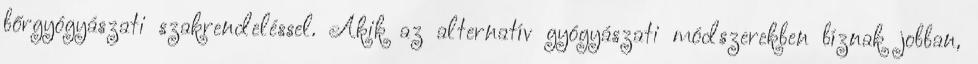
bőrgyógyászati szakrendeléssel. Akik az alternatív gyógyászati módszerekben bíznak jobban,